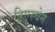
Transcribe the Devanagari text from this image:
ड्रिएस्चेन